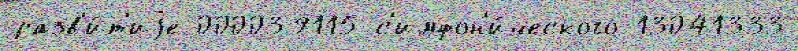
разв'и́т'иjе 000039115 с'имфон'и́ческого 13041333